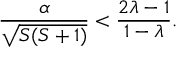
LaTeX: \frac { \alpha } { \sqrt { S ( S + 1 ) } } < \frac { 2 \lambda - 1 } { 1 - \lambda } .